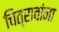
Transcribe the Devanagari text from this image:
चित्रावांना